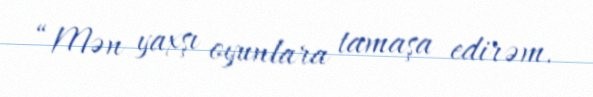
“Mən yaxşı oyunlara tamaşa edirəm.